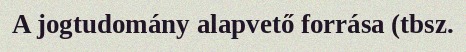
A jogtudomány alapvető forrása (tbsz.